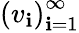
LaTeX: \left(v_{\mathbf{i}}\right)_{\mathbf{i}=1}^{\infty}